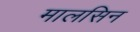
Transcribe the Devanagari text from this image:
मालसिन